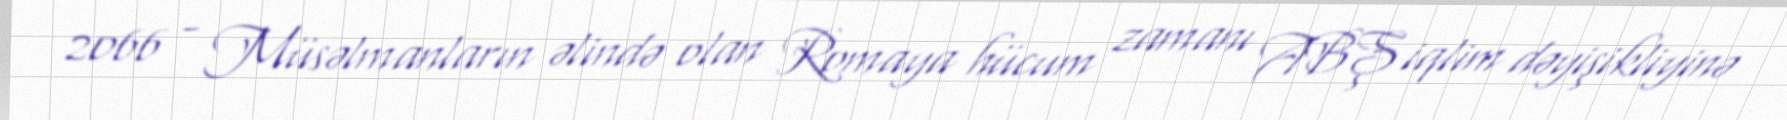
2066 - Müsəlmanların əlində olan Romaya hücum zamanı ABŞ iqlim dəyişikliyinə